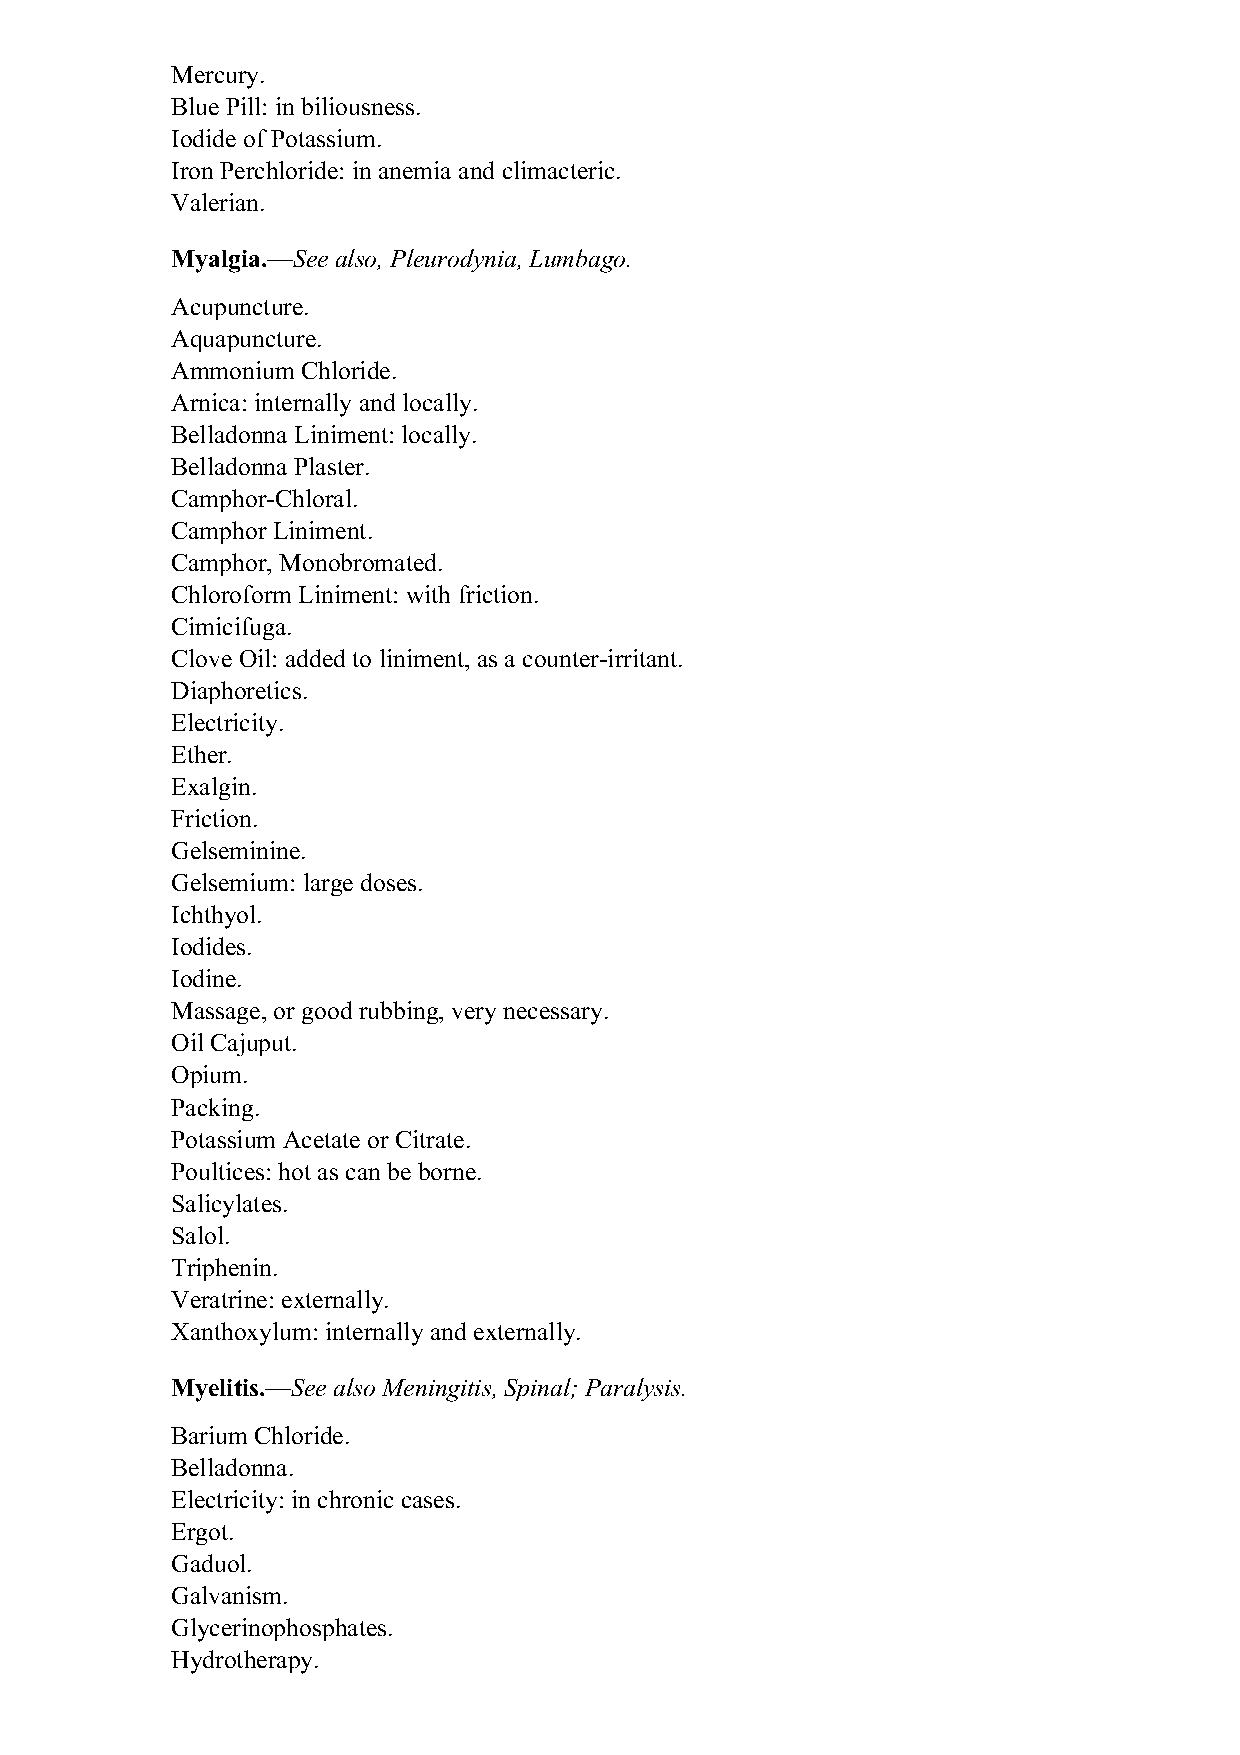
Mercury.
 Blue Pill: in biliousness.
 Iodide of Potassium.
 Iron Perchloride: in anemia and climacteric.
 Valerian.
 Myalgia.—See also, Pleurodynia, Lumbago.
 Acupuncture.
 Aquapuncture.
 Ammonium Chloride.
 Arnica: internally and locally.
 Belladonna Liniment: locally.
 Belladonna Plaster.
 Camphor-Chloral.
 Camphor Liniment.
 Camphor, Monobromated.
 Chloroform Liniment: with friction.
 Cimicifuga.
 Clove Oil: added to liniment, as a counter-irritant.
 Diaphoretics.
 Electricity.
 Ether.
 Exalgin.
 Friction.
 Gelseminine.
 Gelsemium: large doses.
 Ichthyol.
 Iodides.
 Iodine.
 Massage, or good rubbing, very necessary.
 Oil Cajuput.
 Opium.
 Packing.
 Potassium Acetate or Citrate.
 Poultices: hot as can be borne.
 Salicylates.
 Salol.
 Triphenin.
 Veratrine: externally.
 Xanthoxylum: internally and externally.
 Myelitis.—See also Meningitis, Spinal; Paralysis.
 Barium Chloride.
 Belladonna.
 Electricity: in chronic cases.
 Ergot.
 Gaduol.
 Galvanism.
 Glycerinophosphates.
 Hydrotherapy.